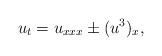
\begin{align*}u_t=u_{xxx}\pm(u^3)_x,\end{align*}